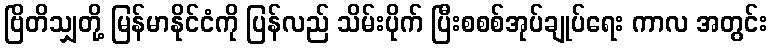
ဗြိတိသျှတို့ မြန်မာနိုင်ငံကို ပြန်လည် သိမ်းပိုက် ပြီးစစစ်အုပ်ချုပ်ရေး ကာလ အတွင်း